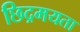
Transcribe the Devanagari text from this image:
छिद्रमयता